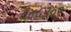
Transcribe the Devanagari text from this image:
६४५३०९